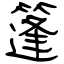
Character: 篷